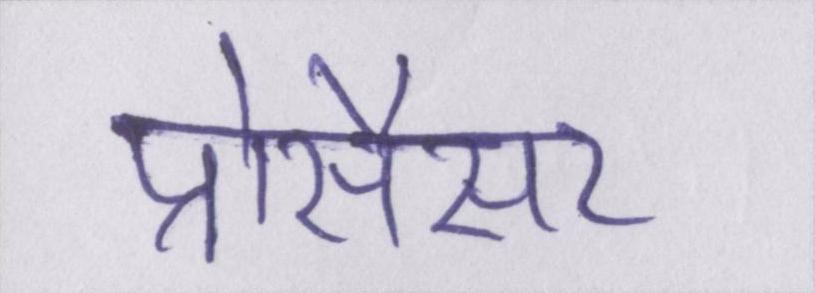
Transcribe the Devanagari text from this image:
प्रोसैसर